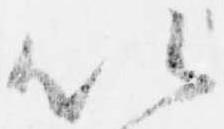
以